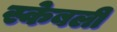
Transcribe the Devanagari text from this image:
स्केबली